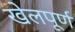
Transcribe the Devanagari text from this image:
खेलपूर्ण